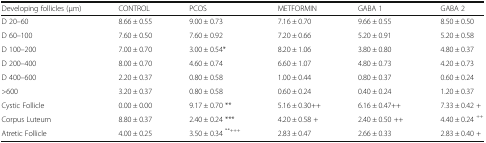
<table><thead><tr><td><b>Developing follicles (μm)</b></td><td><b>CONTROL</b></td><td><b>PCOS</b></td><td><b>METFORMIN</b></td><td><b>GABA 1</b></td><td><b>GABA 2</b></td></tr></thead><tbody><tr><td>D 20–60</td><td>8.66 ± 0.55</td><td>9.00 ± 0.73</td><td>7.16 ± 0.70</td><td>9.66 ± 0.55</td><td>8.50 ± 0.50</td></tr><tr><td>D 60–100</td><td>7.60 ± 0.50</td><td>7.60 ± 0.92</td><td>7.20 ± 0.66</td><td>5.20 ± 0.91</td><td>5.20 ± 0.58</td></tr><tr><td>D 100–200</td><td>7.00 ± 0.70</td><td>3.00 ± 0.54*</td><td>8.20 ± 1.06</td><td>3.80 ± 0.80</td><td>4.80 ± 0.37</td></tr><tr><td>D 200–400</td><td>8.00 ± 0.70</td><td>4.60 ± 0.74</td><td>6.60 ± 1.07</td><td>4.80 ± 0.73</td><td>4.20 ± 0.73</td></tr><tr><td>D 400–600</td><td>2.20 ± 0.37</td><td>0.80 ± 0.58</td><td>1.00 ± 0.44</td><td>0.80 ± 0.37</td><td>0.60 ± 0.24</td></tr><tr><td>&gt;600</td><td>3.20 ± 0.37</td><td>0.80 ± 0.58</td><td>0.60 ± 0.24</td><td>0.40 ± 0.24</td><td>1.20 ± 0.37</td></tr><tr><td>Cystic Follicle</td><td>0.00 ± 0.00</td><td>9.17 ± 0.70 **</td><td>5.16 ± 0.30++</td><td>6.16 ± 0.47++</td><td>7.33 ± 0.42 +</td></tr><tr><td>Corpus Luteum</td><td>8.80 ± 0.37</td><td>2.40 ± 0.24 ***</td><td>4.20 ± 0.58 +</td><td>2.40 ± 0.50 ++</td><td>4.40 ± 0.24 <sup>++</sup></td></tr><tr><td>Atretic Follicle</td><td>4.00 ± 0.25</td><td>3.50 ± 0.34 <sup>**+++</sup></td><td>2.83 ± 0.47</td><td>2.66 ± 0.33</td><td>2.83 ± 0.40 +</td></tr></tbody></table>